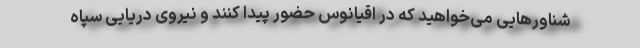
شناورهایی می‌خواهید که در اقیانوس حضور پیدا کنند و نیروی دریایی سپاه